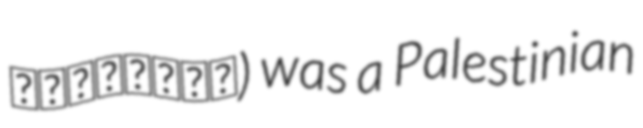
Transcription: الشمالية) was a Palestinian